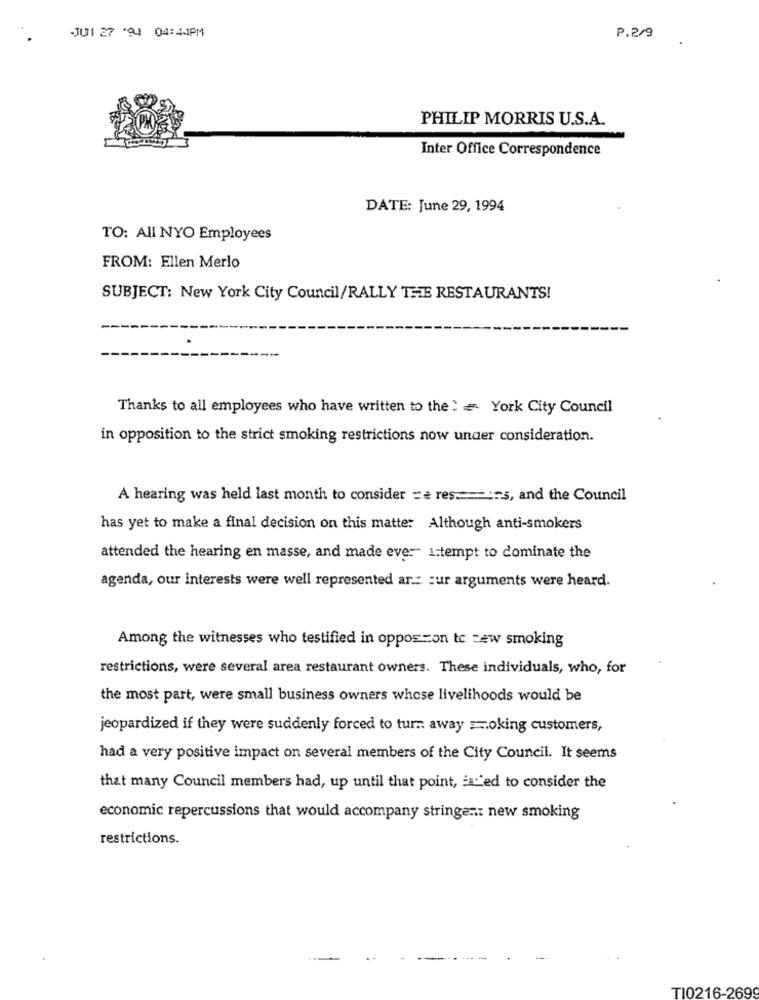
-JU1 27 '94 04:44PM
P.2/9
PHILIP MORRIS U.S.A.
Inter Office Correspondence
DATE: June 29, 1994
TO: All NYO Employees
FROM: Ellen Merlo
SUBJECT: New York City Council/RALLY THE RESTAURANTS!
Thanks to all employees who have written to the : = York City Council
in opposition to the strict smoking restrictions now under consideration.
A hearing was held last month to consider == res .==== 5, and the Council
has yet to make a final decision on this matte: Although anti-smokers
attended the hearing en masse, and made ever istempt to dominate the
agenda, our interests were well represented ar .= sur arguments were heard.
Among the witnesses who testified in oppos-on tc =ew smoking
restrictions, were several area restaurant owners. These individuals, who, for
the most part, were small business owners whose livelihoods would be
jeopardized if they were suddenly forced to turn away smoking customers,
had a very positive impact on several members of the City Council. It seems
that many Council members had, up until that point, Er'ed to consider the
economic repercussions that would accompany stringent new smoking
restrictions.
TI0216-2699